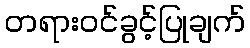
တရားဝင်ခွင့်ပြုချက်